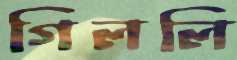
গিললি